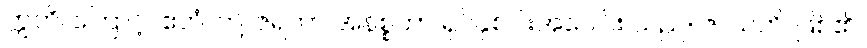
ဣတိ၊ ကြောင့်။ ဧတံ၊ ဤ ဇရတာ အနိစ္စတာ ရုပ်နှစ်ပါးအပေါင်း သည်။ ဇာယတိ၊ ဖြစ်၏။